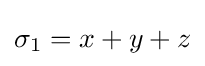
\sigma _{1}=x+y+z